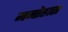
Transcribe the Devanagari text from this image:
मनोह्रास